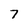
Character: 7